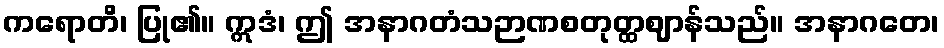
ကရောတိ၊ ပြု၏။ ဣဒံ၊ ဤ အနာဂတံသဉာဏစတုတ္ထဈာန်သည်။ အနာဂတေ၊